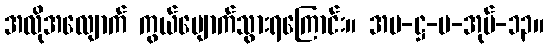
အလိုအလျောက် ကွယ်ပျောက်သွားရကြောင်း။ အပ-ဋ္ဌ-ပ-အုပ်-၁၃။